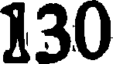
130